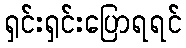
ရှင်းရှင်းပြောရရင်